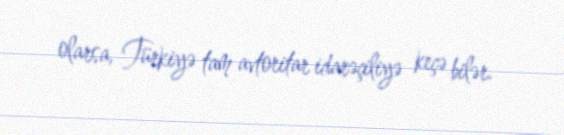
olarsa, Türkiyə tam avtoritar idarəçiliyə keçə bilər.